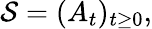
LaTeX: {\cal S}=(A_{t})_{t\ge 0},